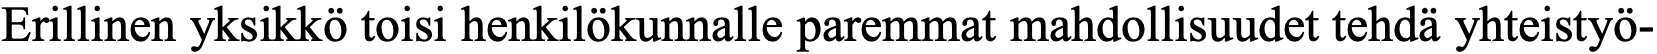
Erillinen yksikkö toisi henkilökunnalle paremmat mahdollisuudet tehdä yhteistyö-